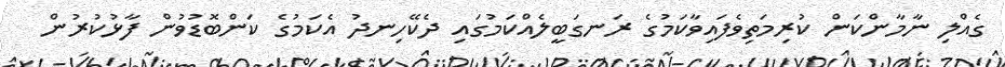
ގެއްލި ނާމާންކަން ކުރިމަތިވެފައިވާކަމުގެ ރަނގަބީލެއްކަމުގައި ދެކޭހިނދު އެކަމުގެ ކަންބޮޑުވުން ފާޅުކުރުން